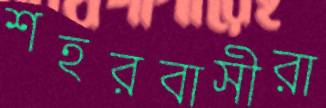
শহরবাসীরা